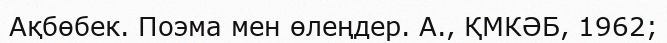
Ақбөбек. Поэма мен өлеңдер. А., ҚМКӘБ, 1962;